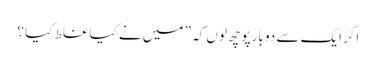
اگر ایک سے دو بارپوچھ لوں کہ ” میں نے کیا غلط کیا ؟